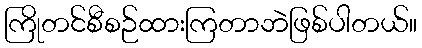
ကြိုတင်စီစဉ်ထားကြတာဘဲဖြစ်ပါတယ်။